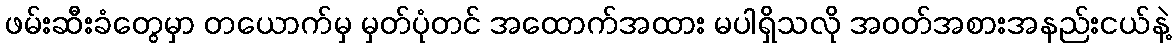
ဖမ်းဆီးခံတွေမှာ တယောက်မှ မှတ်ပုံတင် အထောက်အထား မပါရှိသလို အဝတ်အစားအနည်းငယ်နဲ့